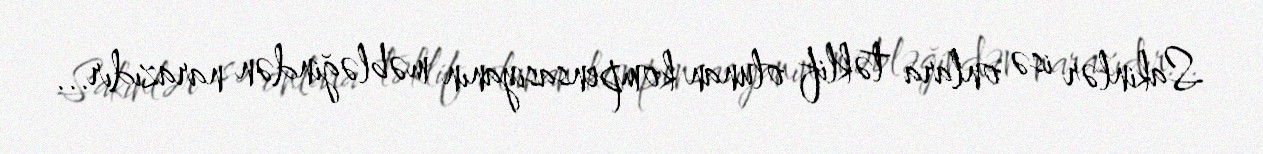
Sakinlər isə onlara təklif olunan kompensasiyanın məbləğindən narazıdır...